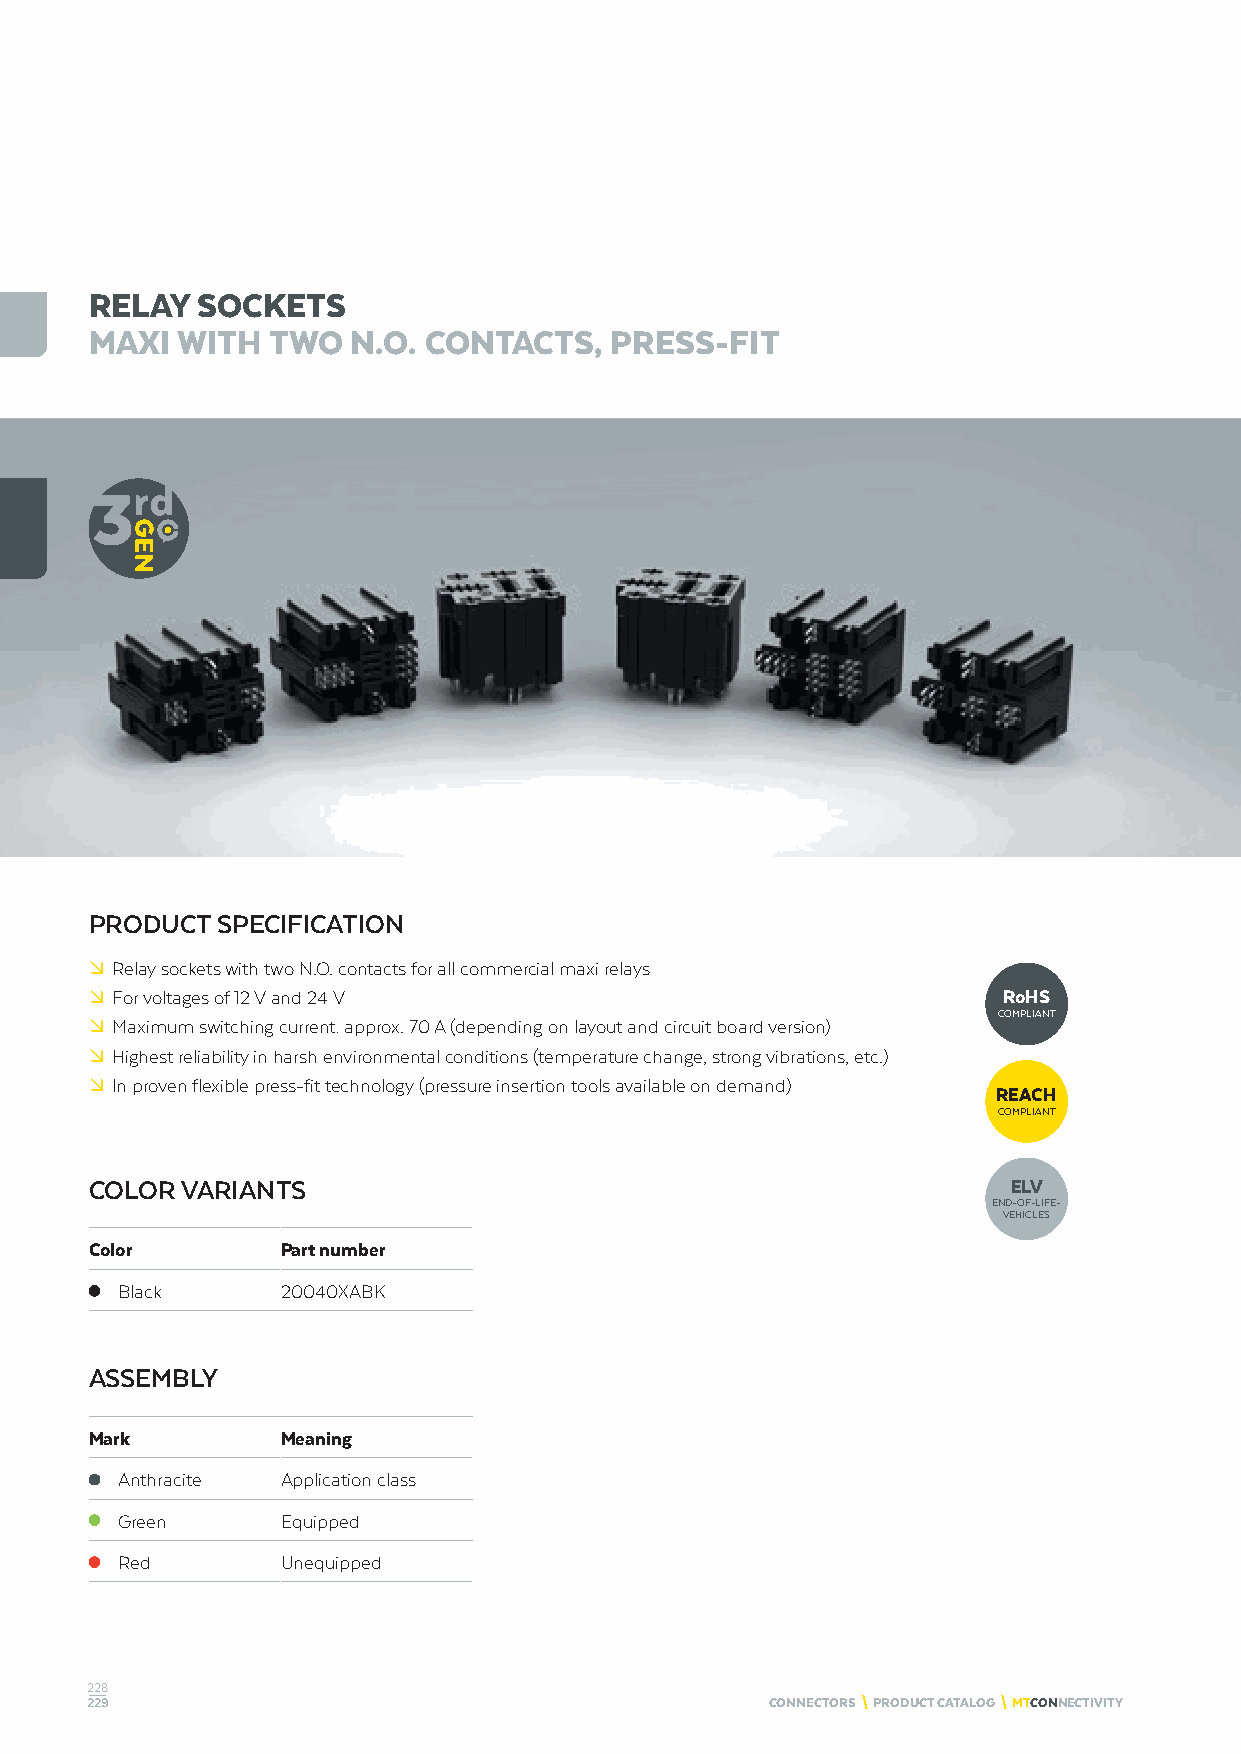
RELAY  SOCKETS
 MAXI  WITH  TWO  N.O. CONTACTS,   PRESS-FIT
 PRODUCT SPECIFICATION
 º Relay sockets with two N.O. contacts for all commercial maxi relays
 º For voltages of 12 V and 24 V                             RoHS
 COMPLIANT
 º Maximum switching current: approx. 70 A (depending on layout and circuit board version)
 º Highest reliability in harsh environmental conditions (temperature change, strong vibrations, etc.)
 º In proven flexible press-fit technology (pressure insertion tools available on demand)
 REACH
 COMPLIANT
 COLOR VARIANTS                                               ELV
 END-OF-LIFE-
 VEHICLES
 Color        Part number
 Black      20040XABK
 ASSEMBLY
 Mark         Meaning
 Anthracite Application class
 Green      Equipped
 Red        Unequipped
 228
 229                                          CONNECTORS \ PRODUCT CATALOG \ MTCONNECTIVITY